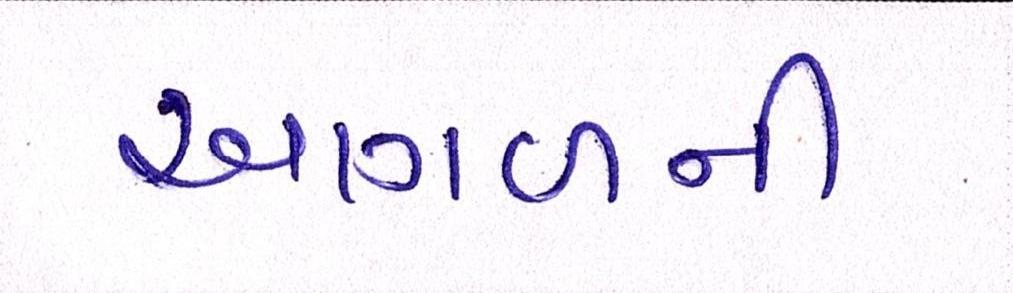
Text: આગળની